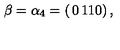
\beta = \alpha _ { 4 } = \left( \begin{matrix} { 0 } & { 1 } \\ { 1 } & { 0 } \\ \end{matrix} \right) ,